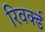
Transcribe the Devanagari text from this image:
रिवर्क्ड